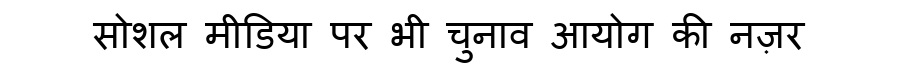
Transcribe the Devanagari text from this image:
सोशल मीडिया पर भी चुनाव आयोग की नज़र